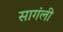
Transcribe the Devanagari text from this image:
सागंली